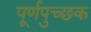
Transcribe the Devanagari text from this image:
पूर्णपुच्छक